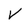
Character: V